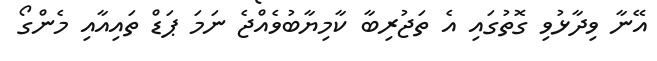
އޭނާ ވިދާޅުވި ގޮތުގައި އެ ތަޖުރިބާ ކާމިޔާބުވެއްޖެ ނަމަ ޕަޑް ތައިއާއި މެންގޯ